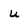
Character: u